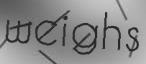
weighs